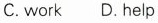
C. work D. help